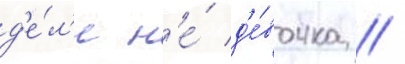
д'е́л'е н'е́ д'е́вочка /